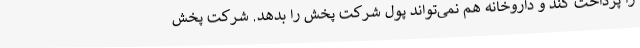
را پرداخت کند و داروخانه هم نمی‌تواند پول شرکت پخش را بدهد. شرکت پخش